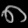
Digit: ၈